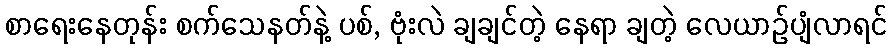
စာရေးနေတုန်း စက်သေနတ်နဲ့ ပစ်, ဗုံးလဲ ချချင်တဲ့ နေရာ ချတဲ့ လေယာဉ်ပျံလာရင်